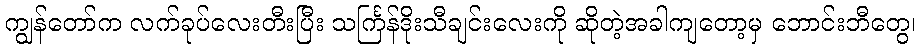
ကျွန်တော်က လက်ခုပ်လေးတီးပြီး သင်္ကြန်ဒိုးသီချင်းလေးကို ဆိုတဲ့အခါကျတော့မှ ဘောင်းဘီတွေ၊